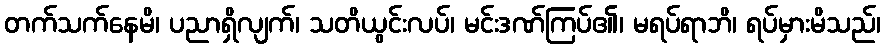
တက်သက်နေမိ၊ ပညာရှိလျက်၊ သတိယွင်းလပ်၊ မင်းဒဏ်ကြပ်၏၊ မရပ်ရာဘိ၊ ရပ်မှားမိသည်၊